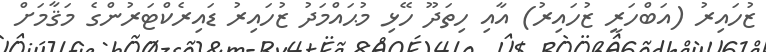
ޒުހައިރު (އަބްހަރީ ޒުހައިރު) އާއި ހިތަދޫ ހޭޅި މުޙައްމަދު ޒުހައިރު ޑައިރެކްޓަރުންގެ މަޤާމަށް